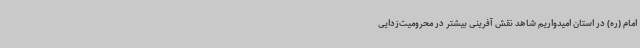
امام (ره) در استان امیدواریم شاهد نقش آفرینی بیشتر در محرومیت‌زدایی